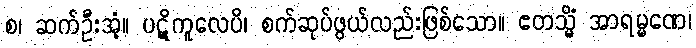
စ၊ ဆက်ဦးအံ့။ ပဋိကူလေပိ၊ စက်ဆုပ်ဖွယ်လည်းဖြစ်သော။ ဧတသ္မိံ အာရမ္မဏေ၊